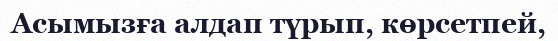
Асымызға алдап түрып, көрсетпей,